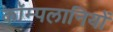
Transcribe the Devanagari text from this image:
कॉम्पलानियों